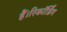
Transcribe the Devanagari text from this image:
हैं।रिकॉर्डिंग